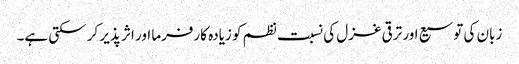
زبان کی توسیع اور ترقی غزل کی نسبت نظم کو زیادہ کارفرما اور اثر پذیر کر سکتی ہے۔